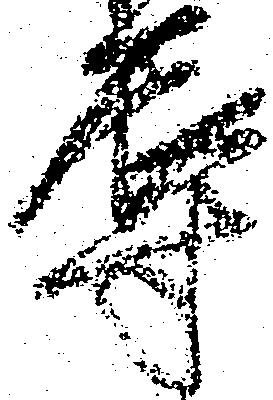
辱